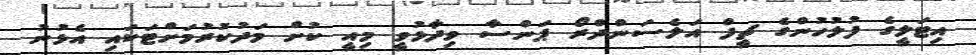
އިޓަލީގެ ފުލުހުންގެ ޗީފް އަލެސަންދްރޯ ޕަންސާ ވިދާޅުވީ މިއީ ކުށް މަދުކުރުމަށްޓަކައި އެޅުނު